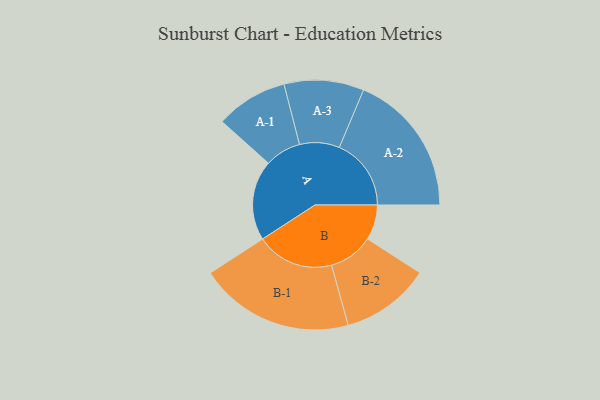
{"axis": {"x": "Segment", "y": "Value"}, "legend": ["", "A", "B"], "data": [{"x": "A", "y": 253, "type": ""}, {"x": "B", "y": 111, "type": ""}, {"x": "A-1", "y": 114, "type": "A"}, {"x": "A-2", "y": 227, "type": "A"}, {"x": "A-3", "y": 126, "type": "A"}, {"x": "B-1", "y": 245, "type": "B"}, {"x": "B-2", "y": 141, "type": "B"}]}